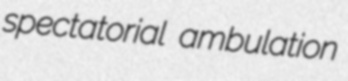
spectatorial ambulation